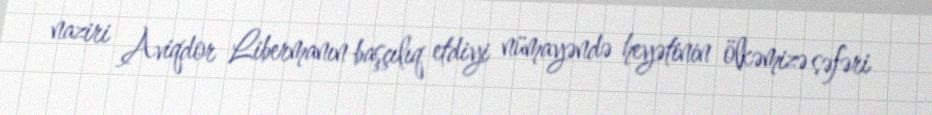
naziri Aviqdor Libermanın başçılıq etdiyi nümayəndə heyətinin ölkəmizə səfəri